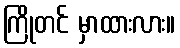
ကြိုတင် မှာထားလား။